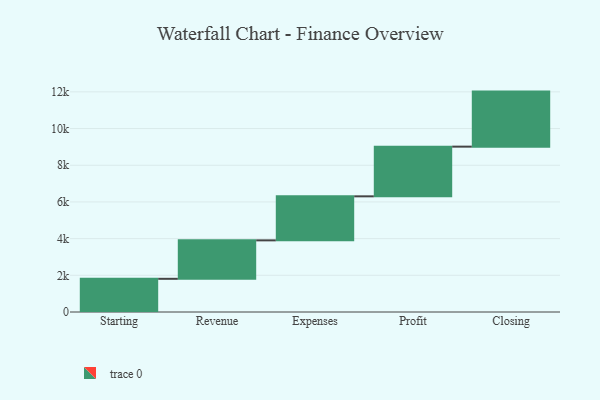
{"axis": {"x": "Step", "y": "Value"}, "legend": [""], "data": [{"x": "Starting", "y": 1809.0, "type": ""}, {"x": "Revenue", "y": 2096.0, "type": ""}, {"x": "Expenses", "y": 2400.0, "type": ""}, {"x": "Profit", "y": 2709.0, "type": ""}, {"x": "Closing", "y": 3000, "type": ""}]}